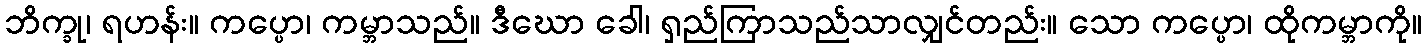
ဘိက္ခု၊ ရဟန်း။ ကပ္ပော၊ ကမ္ဘာသည်။ ဒီဃော ခေါ၊ ရှည်ကြာသည်သာလျှင်တည်း။ သော ကပ္ပော၊ ထိုကမ္ဘာကို။